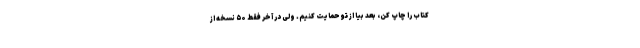
کتاب را چاپ کن، بعد بیا از تو حمایت کنیم. ولی در آخر فقط ۵۰ نسخه از